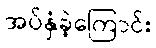
အပ်နှံခဲ့ကြောင်း